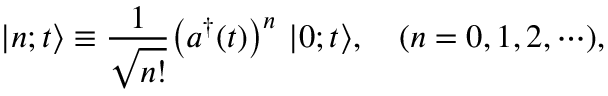
| n ; t \bigr > \equiv \frac { 1 } { \sqrt { n ! } } \bigl ( a ^ { \dagger } ( t ) \bigr ) ^ { n } ~ | 0 ; t \bigr > , ~ ~ ~ ( n = 0 , 1 , 2 , \cdots ) ,